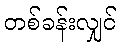
တစ်ခန်းလျှင်